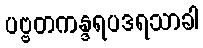
ပဗ္ဗတကန္ဒရပဒရသာခါ